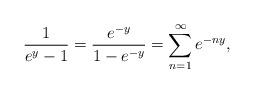
LaTeX: \begin{align*}\frac{1}{e^y-1}=\frac{e^{-y}}{1-e^{-y}}=\sum_{n=1}^\infty e^{-ny},\end{align*}